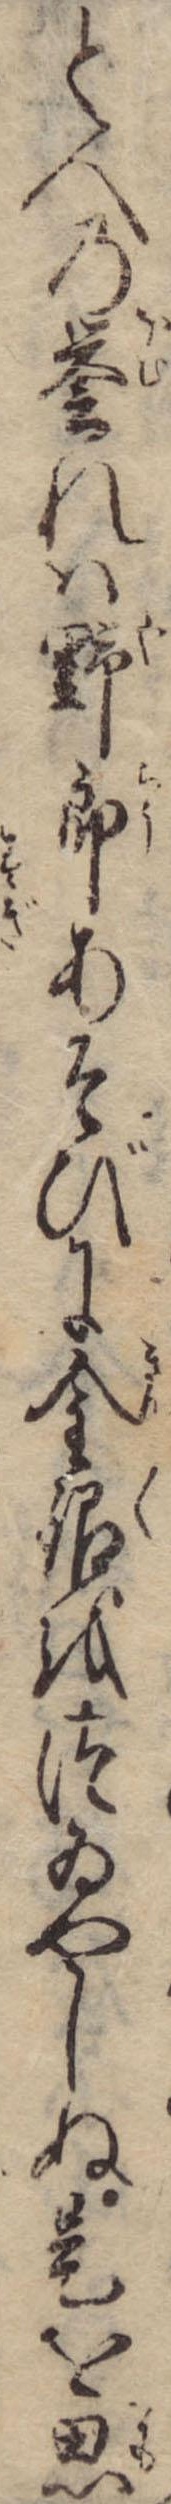
と人の誉れは野郎あそびに金銀をつゐやしぬ是を思